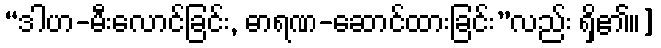
“ဒါဟ-မီးလောင်ခြင်း, ဓာရဏ-ဆောင်ထားခြင်း”လည်း ရှိ၏။]